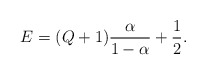
\begin{align*}E=(Q+1)\frac{\alpha}{1-\alpha}+\frac{1}{2}.\end{align*}